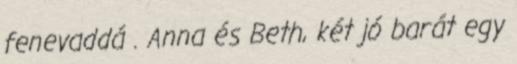
fenevaddá . Anna és Beth, két jó barát egy